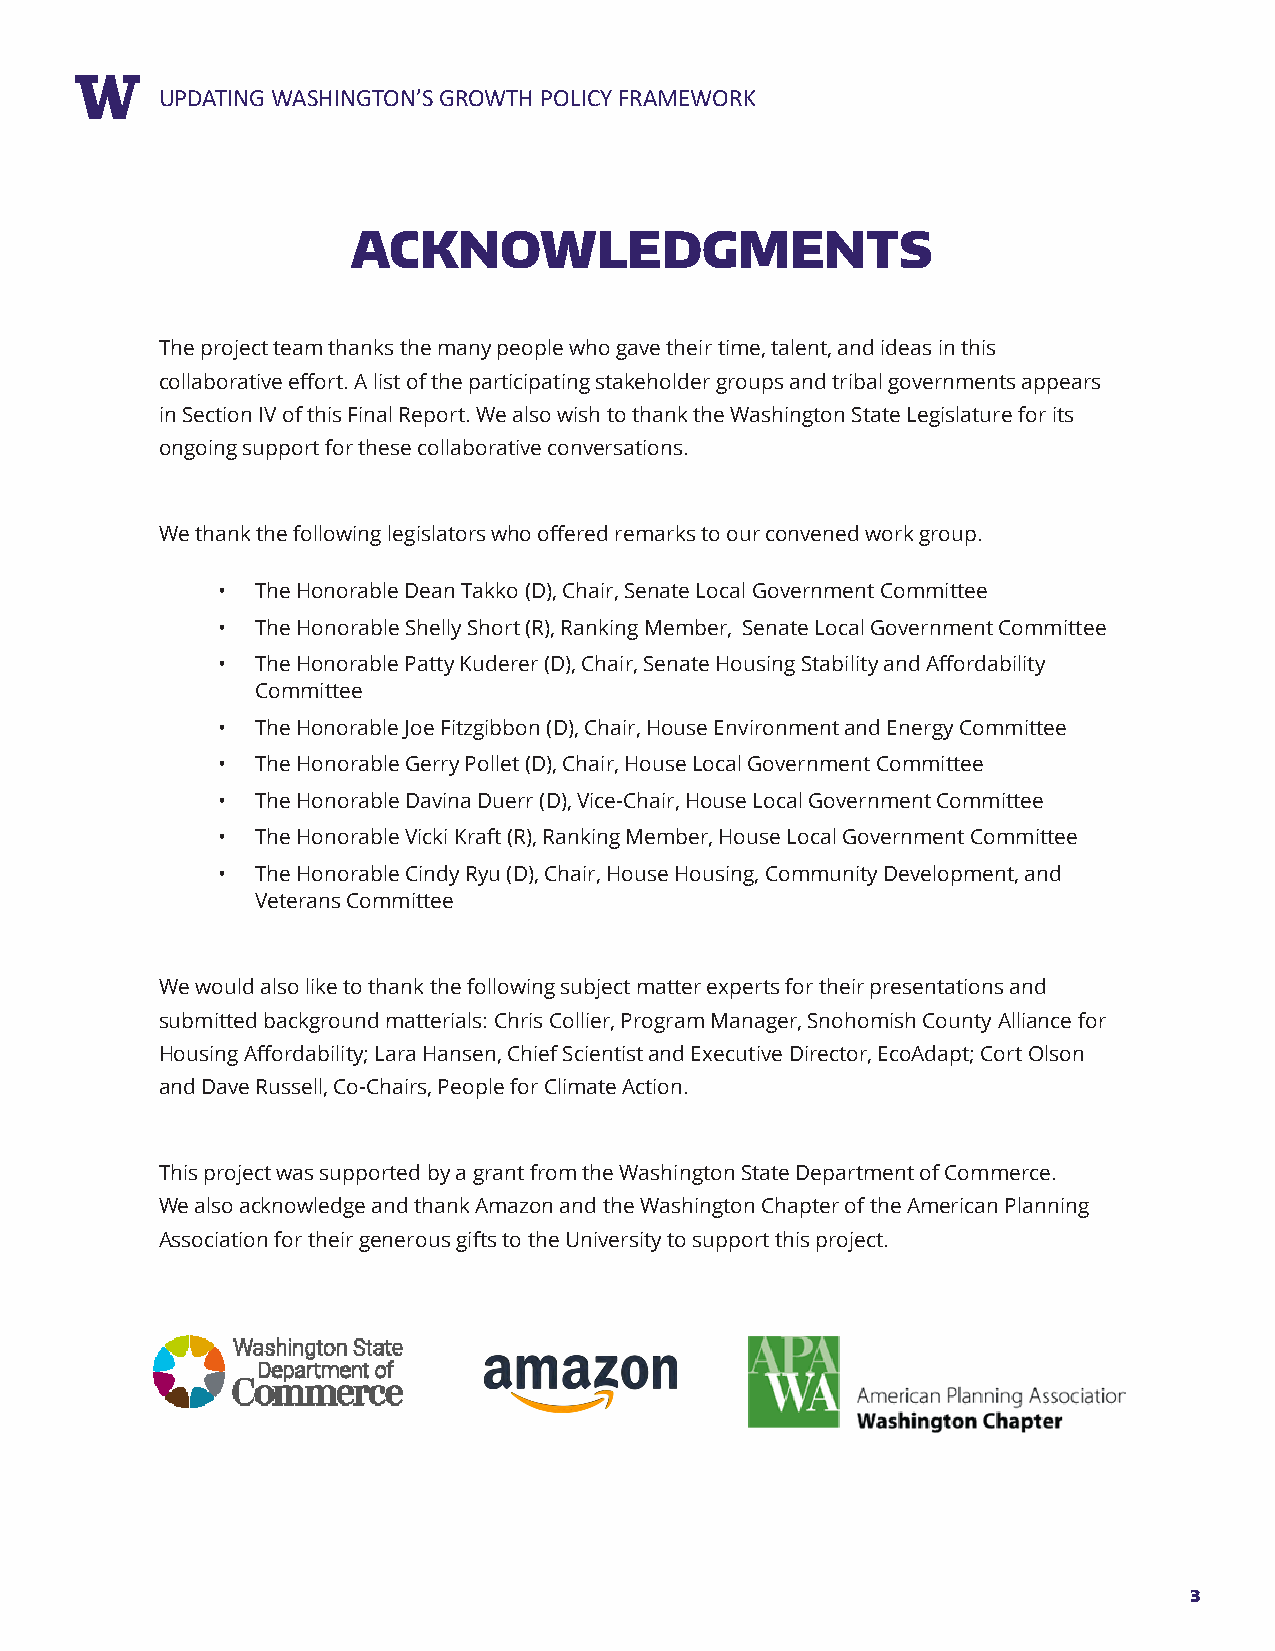
RUEPPDOARTTIN TGIT WLEASHINGTON’S GROWTH POLICY FRAMEWORK
 ACKNOWLEDGMENTS
 The project team thanks the many people who gave their time, talent, and ideas in this
 collaborative effort. A list of the participating stakeholder groups and tribal governments appears
 in Section IV of this Final Report. We also wish to thank the Washington State Legislature for its
 ongoing support for these collaborative conversations.
 We thank the following legislators who offered remarks to our convened work group.
 •  The Honorable Dean Takko (D), Chair, Senate Local Government Committee
 •  The Honorable Shelly Short (R), Ranking Member, Senate Local Government Committee
 •  The Honorable Patty Kuderer (D), Chair, Senate Housing Stability and Affordability
 Committee
 •  The Honorable Joe Fitzgibbon (D), Chair, House Environment and Energy Committee
 •  The Honorable Gerry Pollet (D), Chair, House Local Government Committee
 •  The Honorable Davina Duerr (D), Vice-Chair, House Local Government Committee
 •  The Honorable Vicki Kraft (R), Ranking Member, House Local Government Committee
 •  The Honorable Cindy Ryu (D), Chair, House Housing, Community Development, and
 Veterans Committee
 We would also like to thank the following subject matter experts for their presentations and
 submitted background matterials: Chris Collier, Program Manager, Snohomish County Alliance for
 Housing Affordability; Lara Hansen, Chief Scientist and Executive Director, EcoAdapt; Cort Olson
 and Dave Russell, Co-Chairs, People for Climate Action.
 This project was supported by a grant from the Washington State Department of Commerce.
 We also acknowledge and thank Amazon and the Washington Chapter of the American Planning
 Association for their generous gifts to the University to support this project.
 3